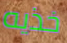
خذيه